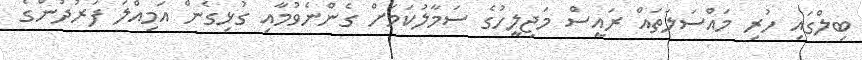
ބިލްގައި ހުރި މައްސަލަތައް ރައީސް މަޖިލީހުގެ ސަމާލުކަމަށް ގެންނެވުމާއި ގުޅިގެން އަމިއްލަ ފަރުދުންގެ